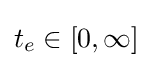
t_{e}\in [0,\infty ]